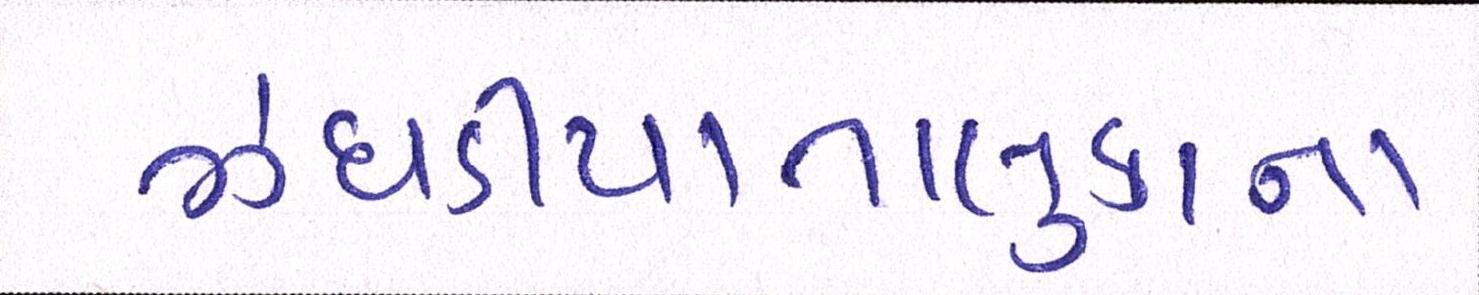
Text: ઝઘડીયાતાલુકાના